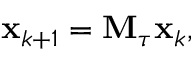
\mathbf { x } _ { k + 1 } = \mathbf { M } _ { \tau } \mathbf { x } _ { k } ,